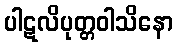
ပါဋလိပုတ္တဝါသိနော